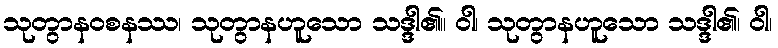
သုတွာနဝစနဿ၊ သုတွာနဟူသော သဒ္ဒါ၏။ ဝါ၊ သုတွာနဟူသော သဒ္ဒါ၏၊ ဝါ၊